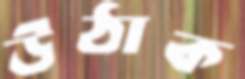
উঠাক